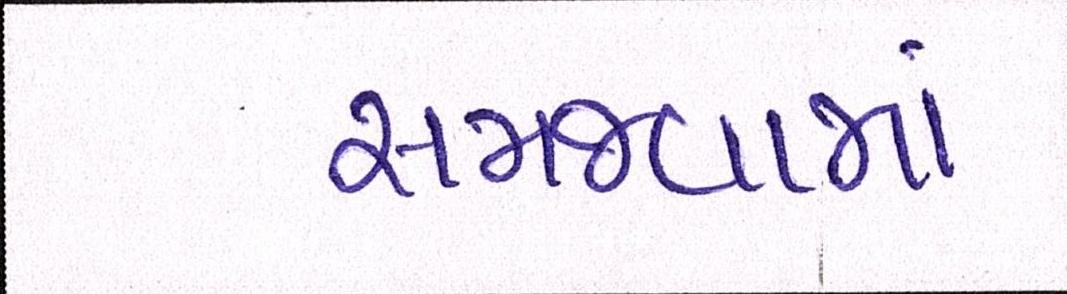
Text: સમજવામાં